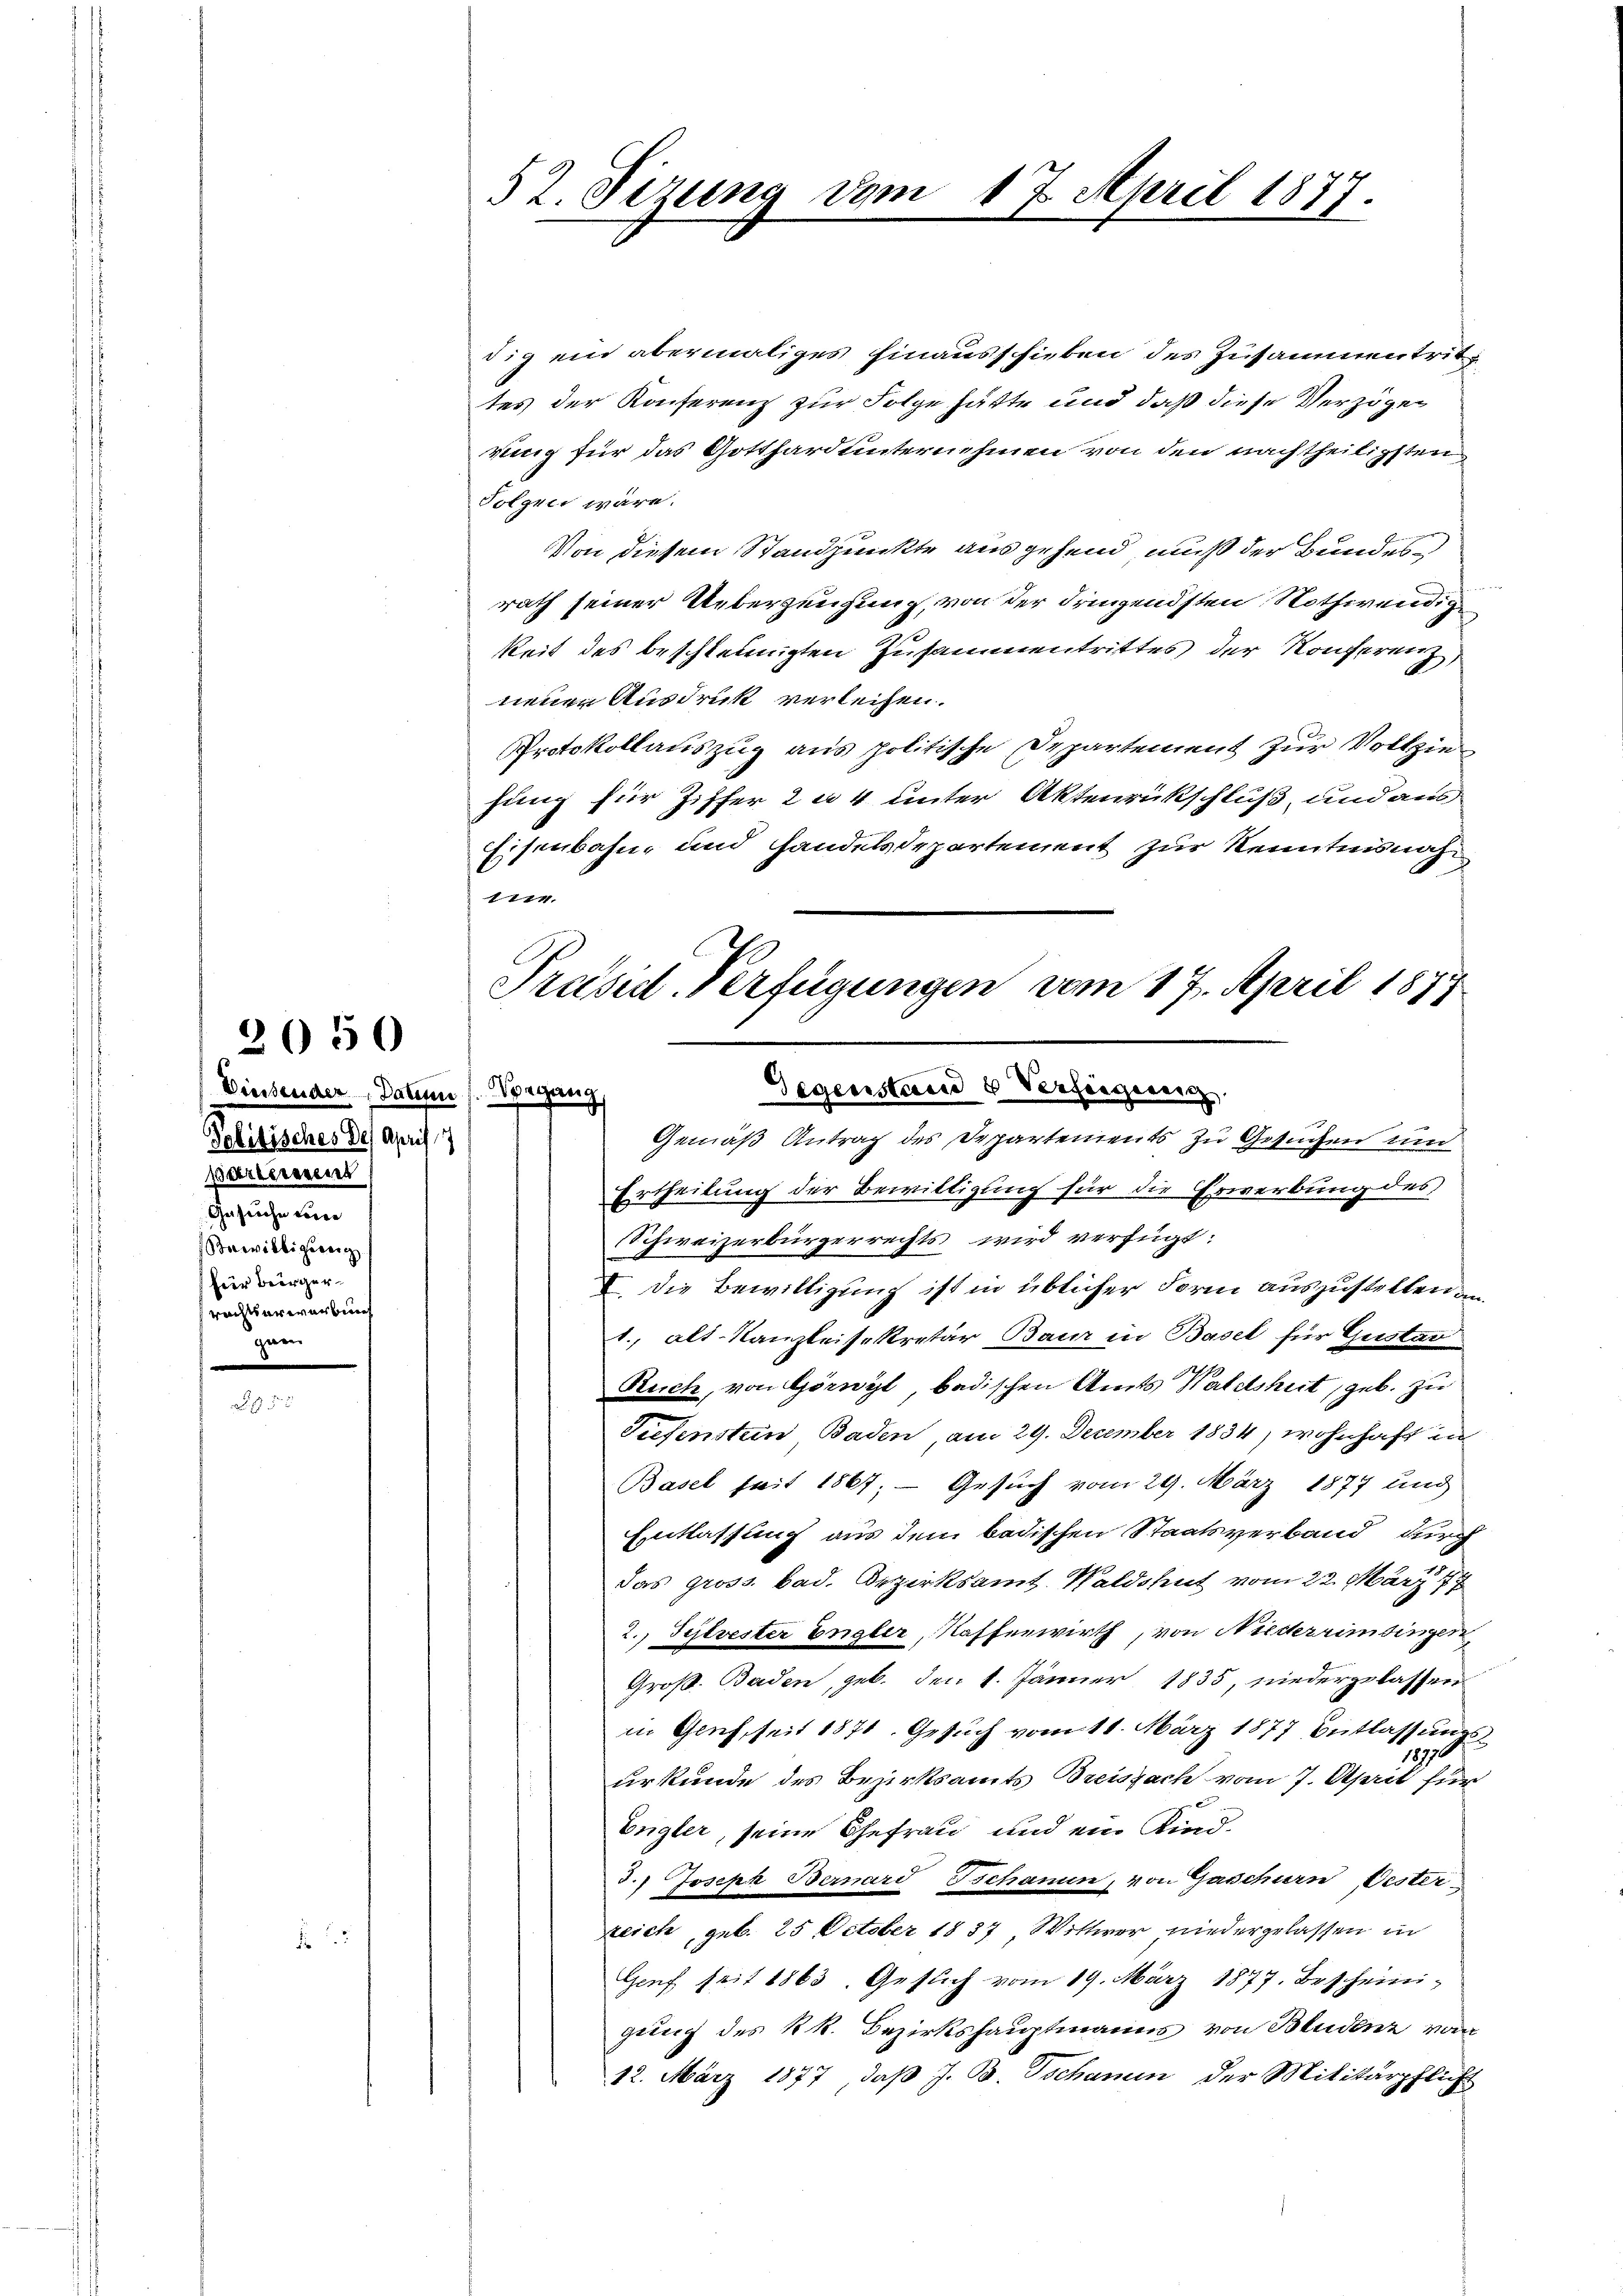
2050

dig ein abermaliges hinausschieben des Zusammentrittes der Konferenz zur Folge hätte und daß diese Verzöger
rung für das Gotthard unternehmen von den nachtheiligsten
Polgen wäre.
Von diesem Standpunkte aus gehend muß der Bundesrath seiner Ueberzeichung, von der dringendsten Nothwendig
keit des beschleunigten Zusammentrittes der Konferenz
neuen Ausdruck verleihen.
Protokollauszug aus politische Departement zur Vollzie
hung für Ziffer 2 a 4 unter Aktenrückschluß, und aus
Eisenbahn- und Handelsdepartement zur Kenntnisnah
1114.

Diessender, Datum 1. Vorgang
ebisscher des assifi
Perlesent
Gesprochen vorne
Bewilligung
für Berger
rechtserwerben
gaen

52. Sizung vom

17. April 1877.

Präsid. Verfügungen vom 17. April 1877
Gegensterie & Versiegereig

Gemäß Antrag des Departements zu Gesuchen und
Ertheilung der Bewilligung für die Erwerbung des
Schweizerbürgerrechts wird verfügt:
I. Die Bewilligung ist in üblicher Form auszustellen i
1., alt-Kanzleisekretär Baur in Basel für Gustan
Reich, von Görnyl badischen Amts Waldshut, geb. zu
Tiefenstein Baden, am 29. December 1834, wohnhaft in
Basel seit 1867; — Gesuch vom 29. März 1877 und
Entlassung aus dem badischen Staatsverband durch
das gross. Bad. Bezirksamt Waldshut vom 22. März 1
2., Sylvester Engler, Kaffenwirth, von Niederrimsingen,
Groß. Baden, geb. den 1. Jänner 1835, niederzulassen
in Genf, seit 1871. Gesuch vom 11. März 1877 Entlassungs¬
18770
urkunde des Bezirksamts Breisfach vom 7. April für
Engler, seine Ehefrau und ein Kind¬
J.) Joseph Bernard Tschauun, von Gaschurn Oesterzeich, geb. 25 October 1837 Wittwer niedergelassen in
Genf seit 1863. Geflich vom 19. März 1877. Bescheini-
gung des kk. Bezirkshauptmanns von Bludenz vom
12. März 1877, daß J. B. Tschanin der Militärpflicht